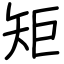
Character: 矩